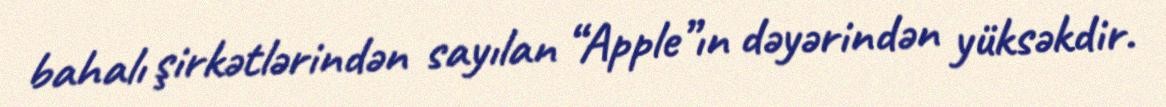
bahalı şirkətlərindən sayılan “Apple”ın dəyərindən yüksəkdir.